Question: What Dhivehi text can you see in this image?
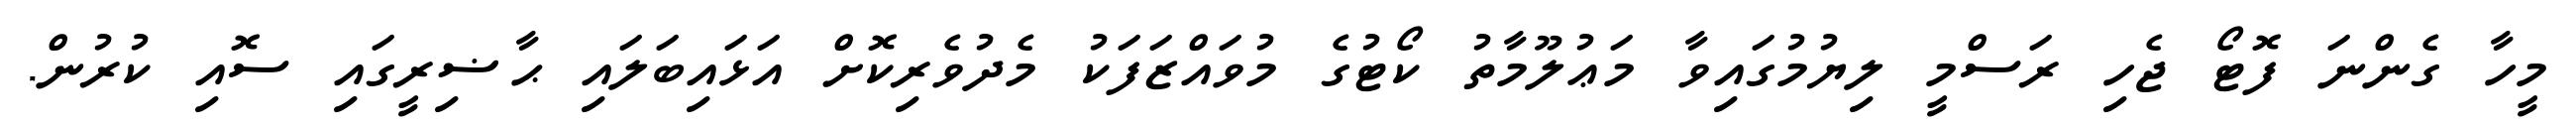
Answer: މީހާ ގެންނަ ފޮޓޯ ޖެހި ރަސްމީ ލިޔުމުގައިވާ މަޢުލޫމާތު ކޯޓުގެ މުވައްޒަފަކު މެދުވެރިކޮށް އަޅައިބަލައި ޙާޟިރީގައި ސޮއި ކުރުން.